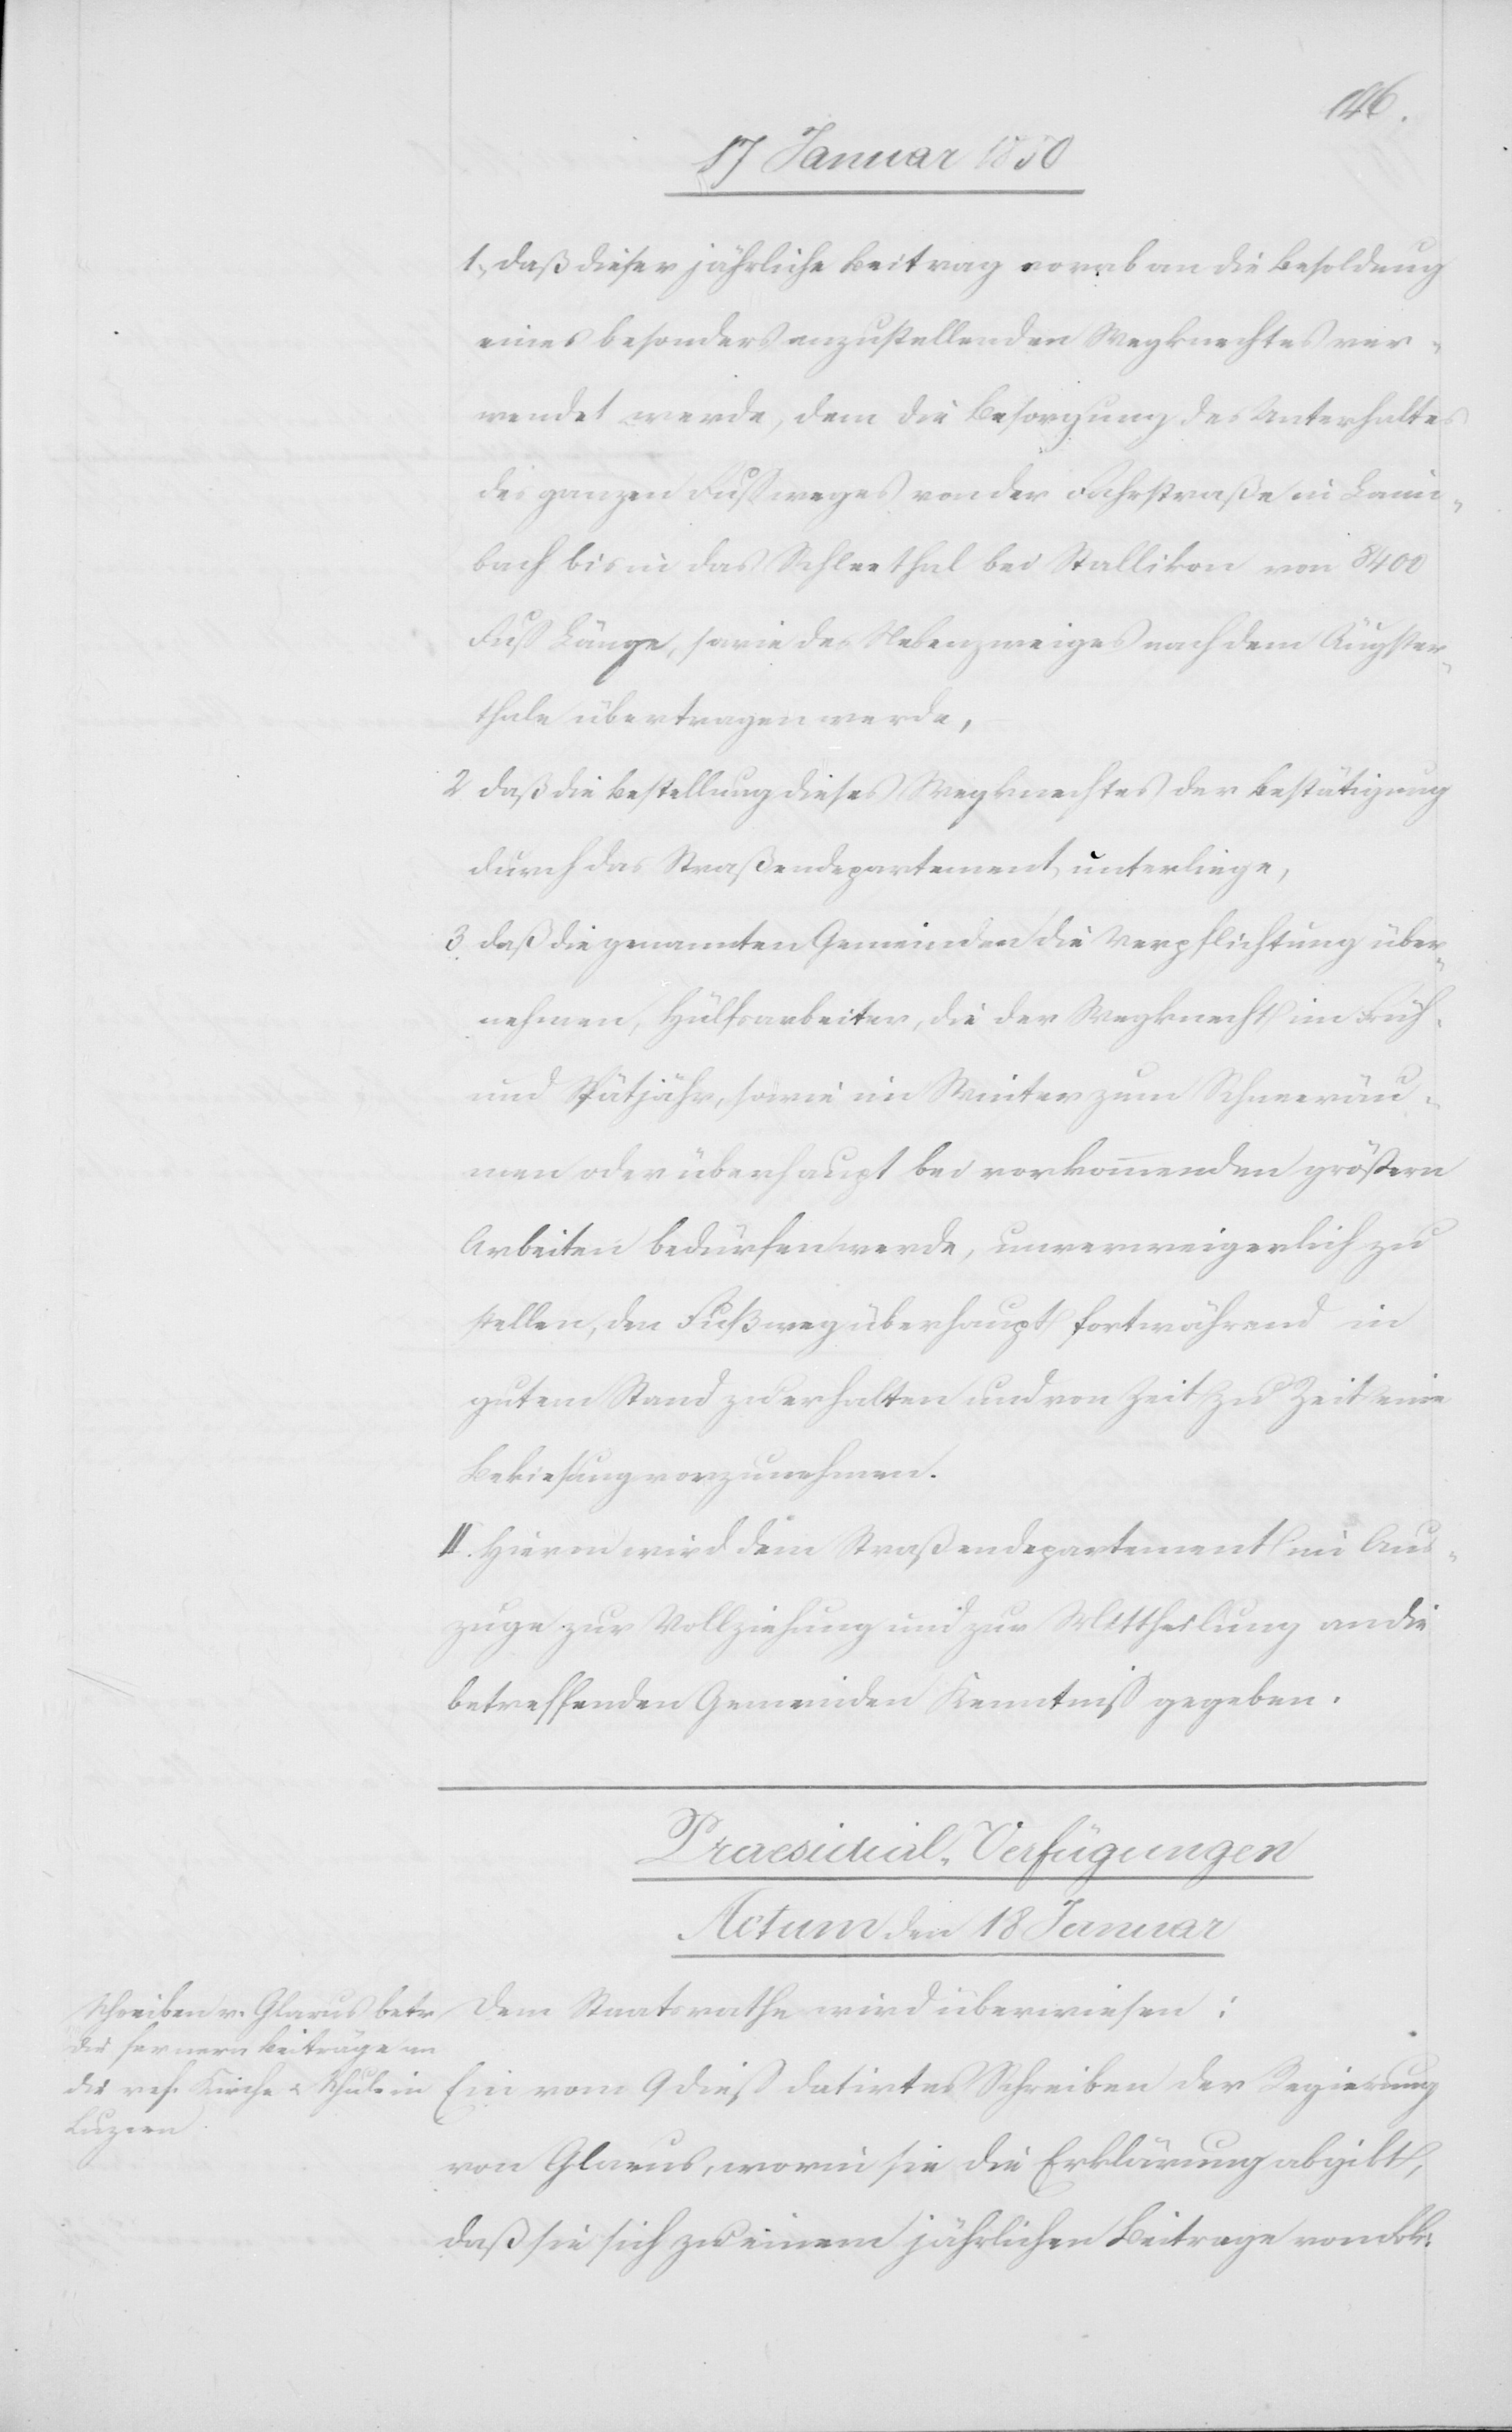
1. Daß dieser jährliche Beitrag vorab an die Besoldung
eines besonders anzustellenden Wegknechtes ver¬
wendet werde, dem die Besorgung des Unterhaltes
des ganzen Fußweges von der Fahrstraße in Laim¬
bach bis in das Schleethal bei Stallikon von 8400
Fuß Länge, sowie des Nebenzweiges nach dem Äugster¬
thale übertragen werde,
2 Daß die Bestellung dieses Wegknechtes der Bestätigung
durch das Straßendepartement unterliege,
3 Daß die genannten Gemeinden die Verpflichtung über¬
nehmen, Hülfsarbeiter, die der Wegknecht im Früh-
und Spätjahr, sowie im Winter zum Schneeräu¬
men oder überhaupt bei vorkommenden größern
Arbeiten bedürfen werde, unverweigerlich zu
stellen, den Fußweg überhaupt fortwährend in
gutem Stand zu erhalten und von Zeit zu Zeit eine
Bekiesung vorzunehmen.
II. Hievon wird dem Straßendepartement im Aus¬
zuge zur Vollziehung und zur Mittheilung an die
betreffenden Gemeinden Kenntniß gegeben.
Praesidial-Verfügungen
Actum den 18 Januar
Ein vom 9 dieß datirtes Schreiben der Regierung
wiesen:
von Glarus, worin sie die Erklärung abgibt,
daß sie sich zu einem jährlichen Beitrage von Frk: